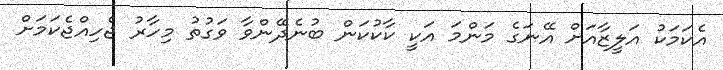
އެކަމަކު އަލީޒާއަށް އޭނަގެ މަންމަ އަކީ ކާކުކަން ބުނެދޭންވާ ވަގުތު މިހާރު ޖެހިއްޖެކަމަށް